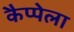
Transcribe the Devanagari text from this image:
कैप्पेला